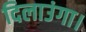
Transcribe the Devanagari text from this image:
दिलाउंगा।